Indian journal of veterinary science and animal husbandry - Volumes 18-21, 1948-1951
Year: 1948
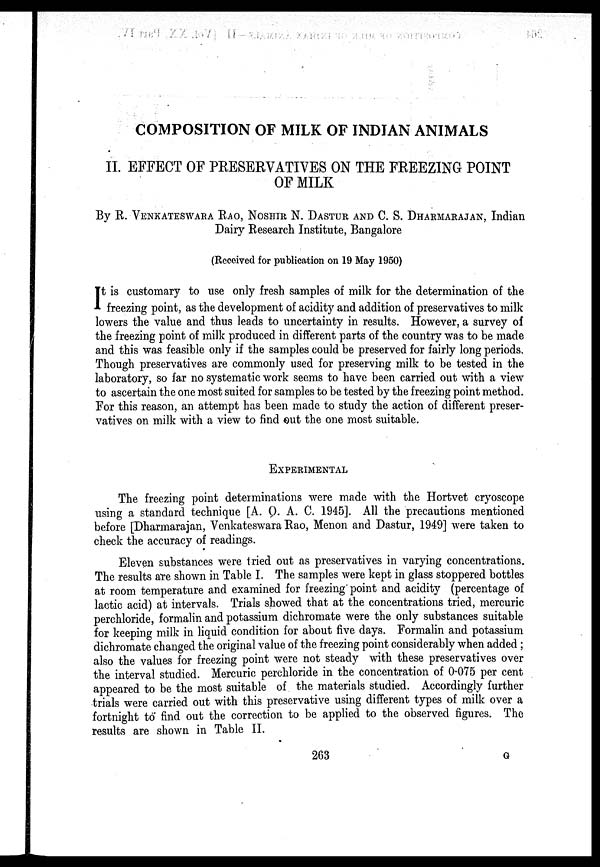
COMPOSITION OF MILK OF INDIAN ANIMALS
II. EFFECT OF PRESERVATIVES ON THE FREEZING POINT
OF MILK
By R. VENKATESHWARA RAO, NOSHIR N. DASTUR AND C. S. DHARMARAJAN, Indian
Dairy Research Institute, Bangalore
(Received for publication on 19 May 1950)
I t is customary to use only fresh samples of milk for the determination of the
freezing point, as the development of acidity and addition of preservatives to milk
lowers the value and thus leads to uncertainty in results. However, a survey of
the freezing point of milk produced in different parts of the country was to be made
and this was feasible only if the samples could be preserved for fairly long periods.
Though preservatives are commonly used for preserving milk to be tested in the
laboratory, so far no systematic work seems to have been carried out with a view
to ascertain the one most suited for samples to be tested by the freezing point method.
For this reason, an attempt has been made to study the action of different preser-
vatives on milk with a view to find out the one most suitable.
EXPERIMENTAL
The freezing point determinations were made with the Hortvet cryoscope
using a standard technique [A. O. A. C. 1945]. All the precautions mentioned
before [Dharmarajan, Venkateswara Rao, Menon and Dastur, 1949] were taken to
check the accuracy of readings.
Eleven substances were tried out as preservatives in varying concentrations.
The results are shown in Table I. The samples were kept in glass stoppered bottles
at room temperature and examined for freezing point and acidity (percentage of
lactic acid) at intervals. Trials showed that at the concentrations tried, mercuric
perchloride, formalin and potassium dichromate were the only substances suitable
for keeping milk in liquid condition for about five days. Formalin and potassium
dichromate changed the original value of the freezing point considerably when added;
also the values for freezing point were not steady with these preservatives over
the interval studied. Mercuric perchloride in the concentration of 0.075 per cent
appeared to be the most suitable of the materials studied. Accordingly further
trials were carried out with this preservative using different types of milk over a
fortnight to find out the correction to be applied to the observed figures. The
results are shown in Table II.
263
G